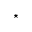
\star